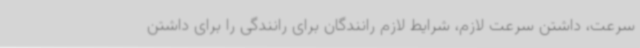
سرعت، داشتن سرعت لازم، شرایط لازم رانندگان برای رانندگی را برای داشتن